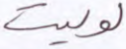
لوليت